Bombay plague: being a history of the progress of plague in the Bombay presidency from September 1896 to June 1899
Year: 1896
Disease focus: Plague
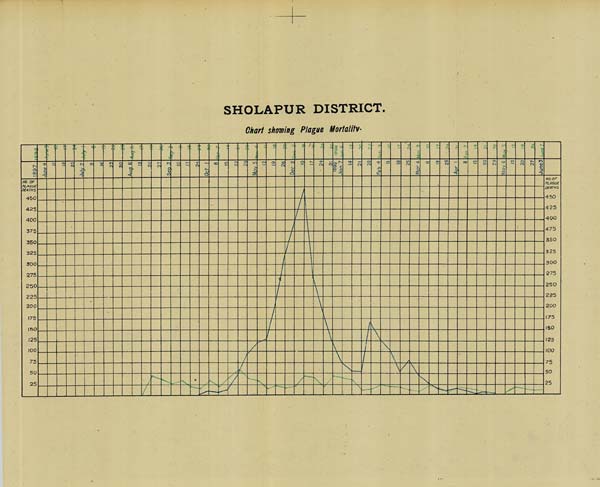
SHOLAPUR DISTRICT.
Chart showing Plague Mortality.